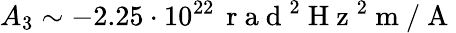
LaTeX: A_{3}\sim-2.25\cdot 10^{22}\, \mathrm{~r~a~d~}^{2}\mathrm{~H~z~}^{2}\mathrm{~m~}/\mathrm{~A~}